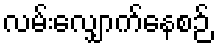
လမ်းလျှောက်နေစဉ်